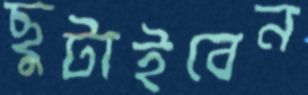
ছুটাইবেন